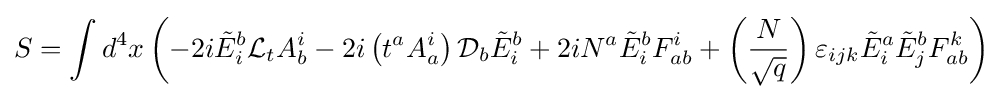
S=\int d^{4}x\left(-2i{\tilde {E}}_{i}^{b}{\mathcal {L}}_{t}A_{b}^{i}-2i\left(t^{a}A_{a}^{i}\right){\mathcal {D}}_{b}{\tilde {E}}_{i}^{b}+2iN^{a}{\tilde {E}}_{i}^{b}F_{ab}^{i}+\left({N \over {\sqrt {q}}}\right)\varepsilon _{ijk}{\tilde {E}}_{i}^{a}{\tilde {E}}_{j}^{b}F_{ab}^{k}\right)